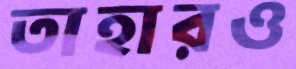
তাহারও